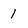
Character: 1